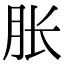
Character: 胀